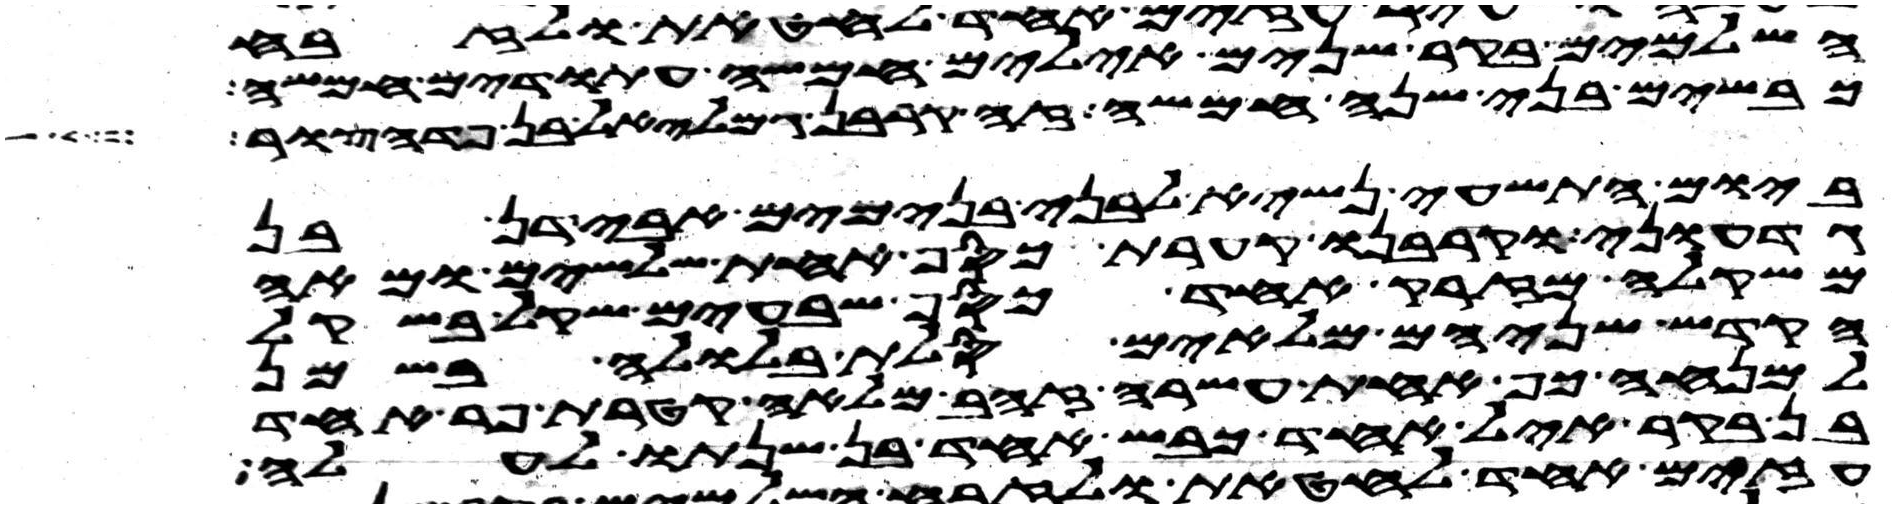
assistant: השלמים בקר שנים אילים חמשה עתודים חמשה
כבשים בני שנה חמשה זה קרבן גמלאל בן פדהצור
ביום התשעי נשיא לבני בנימים אבידן בן
גדעוני וקרבנו קערת כסף אחת שלשים ומאה
משקלה מזרק אחד כסף שבעים שקל בשקל
הקדש שניהם מלאים סלת בלולה בשמן
למנחה כף אחת עשרה זהב מלאה קטרת פר אחד
בן בקר איל אחד כבש אחד בן שנתו לעלה